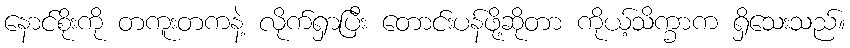
နောင်စိုးကို တကူးတကနဲ့ လိုက်ရှာပြီး တောင်းပန်ဖို့ဆိုတာ ကိုယ့်သိက္ခာက ရှိသေးသည်။